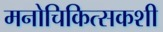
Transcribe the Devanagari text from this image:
मनोचिकित्सकशी